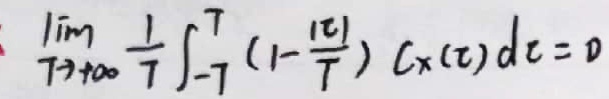
\[
\lim_{T \to +\infty} \frac{1}{T} \int_{-T}^{T} \left(1 - \frac{|\tau|}{T}\right) C_X(\tau) d\tau = 0
\]